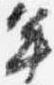
年